Annual report of the Prince of Wales Medical College, Patna
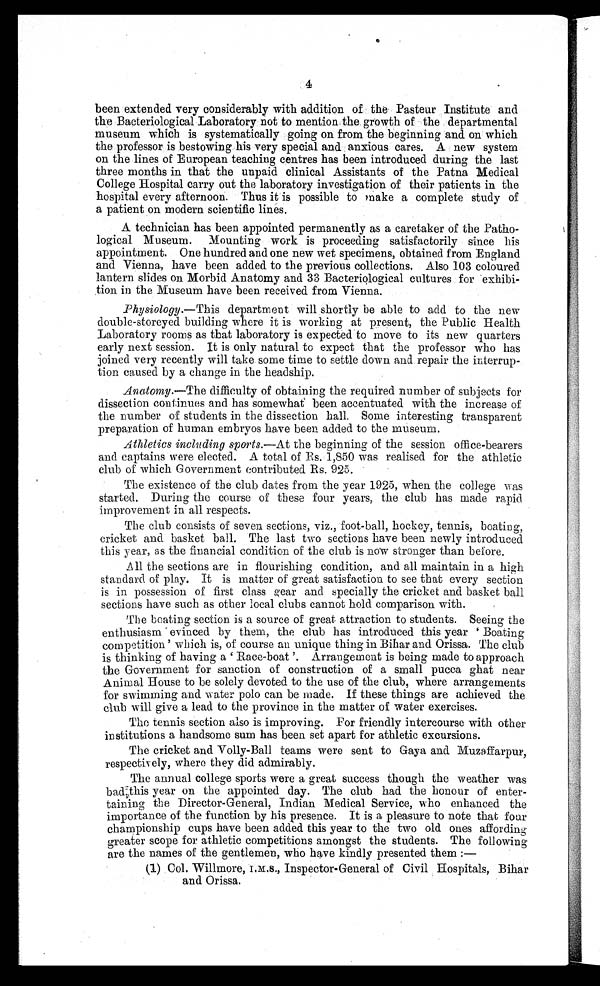
4
been extended very considerably with addition of the Pasteur Institute and
the Bacteriological Laboratory not to mention the growth of the departmental
museum which is systematically going on from the beginning and on which
the professor is bestowing his very special and anxious cares. A new system
on the lines of European teaching centres has been introduced during the last
three months in that the unpaid clinical Assistants of the Patna Medical
College Hospital carry out the laboratory investigation of their patients in the
hospi tal every afternoon. Thus i t i s possi bl e to make a compl ete study of
a patient on modern scientific lines.
A technician has been appointed permanently as a caretaker of the Patho
-logical Museum. Mounting work is proceeding satisfactorily since his
appointment. One hundred and one new wet specimens, obtained from England
and Vienna, have been added. to the previous collections. Also 103 coloured
lantern slides on Morbid Anatomy and 33 Bacteriological cultures for exhibi
-tion in the Museum have been received from Vienna.
Physiology.—This department will shortly be able to add to the new
double-storeyed building where it is working at present, the Public Health
Laboratory rooms as that laboratory is expected to move to its new quarters
early next session. It is only natural to expect that the professor who has
joined very recently will take some time to settle down and repair the interrup
-tion caused by a change in the headship.
Anatomy.—The difficulty of obtaining the required number of subjects for
dissection continues and has somewhat been accentuated with the increase of
the number of students in the dissection hall. Some interesting transparent
preparation of human embryos have been added to the museum.
Athletics including sports.—At the beginning of the session office-bearers
and captains were elected. A total of Rs. 1,850 was realised for the athletic
club of which Government contributed Rs. 925.
The existence of the club dates from the year 1925, when the college was
started. During the course of these four years, the club has made rapid
improvement in all respects.
The club consists of seven sections, viz., foot-ball, hockey, tennis, boating,
cricket and basket ball. The last two sections have been newly introduced
this year, as the financial condition of the club is now stronger than before.
All the sections are in flourishing condition, and all maintain in a high
standard of play. It is matter of great satisfaction to see that every section
is in possession of first class gear and specially the cricket and basket ball
sections have such as other local clubs cannot hold comparison with.
The boating section is a source of great attraction to students. Seeing the
enthusiasm evinced by them, the club has introduced this year ‘Boating
competition’ which is, of course an unique thing in Bihar and Orissa. The club
i s t hi nki ng of havi ng a ‘Race-boat ’. Arrangement i s bei ng made t o approach
the Government for sanction of construction of a small pucca ghat near
Animal House to be solely devoted to the use of the club, where arrangements
for swimming and water polo can be made. If these things are achieved the
club will give a lead to the province in the matter of water exercises.
The tennis section also is improving. For friendly intercourse with other
institutions a handsome sum has been set apart for athletic excursions.
The cricket and Volly-Ball teams were sent to Gaya and Muzaffarpur,
respectively, where they did admirably.
The annual college sports were a great success though the weather was
bad this year on the appointed day. The club had the honour of enter
- t a i n i n g t h e D i r e c t o r - G e n e r a l , I n d i a n M e d i c a l S e r v i c e , w h o e n h a n c e d t h e
importance of the function by his presence. It is a pleasure to note that four
championship cups have been added this year to the two old ones affording
greater scope for athletic competitions amongst the students. The following
are the names of the gentlemen, who have kindly presented them : —
(1) Col. Willmore, I.M.S., Inspector-General of Civil Hospitals, Bihar
and Orissa.